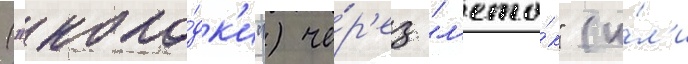
("коло́дк'и") че́р'ез "л'ето́к" (и́л'и